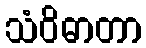
သံဝိဓာတာ